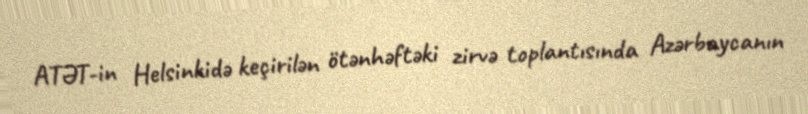
ATƏT-in Helsinkidə keçirilən ötənhəftəki zirvə toplantısında Azərbaycanın